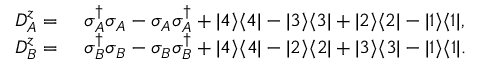
\begin{array} { r l } { D _ { A } ^ { z } = } & { { } ~ \sigma _ { A } ^ { \dagger } \sigma _ { A } - \sigma _ { A } \sigma _ { A } ^ { \dagger } + | 4 \rangle \langle 4 | - | 3 \rangle \langle 3 | + | 2 \rangle \langle 2 | - | 1 \rangle \langle 1 | , } \\ { D _ { B } ^ { z } = } & { { } ~ \sigma _ { B } ^ { \dagger } \sigma _ { B } - \sigma _ { B } \sigma _ { B } ^ { \dagger } + | 4 \rangle \langle 4 | - | 2 \rangle \langle 2 | + | 3 \rangle \langle 3 | - | 1 \rangle \langle 1 | . } \end{array}